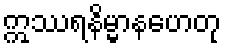
ဣဿရနိမ္မာနဟေတု